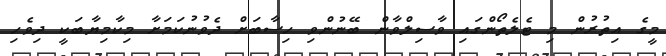
މީގެ އިތުރުން މި ޓެލެތޯންގައި ވާސިލްވާން ބޭނުންވި ހިސާބަށް ދެވުނުކަމަށާ މިކާމިޔާބަކީ ދިވެހި